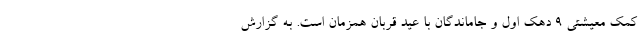
کمک معیشتی ۹ دهک اول و جاماندگان با عید قربان همزمان است. به گزارش